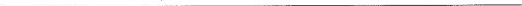
___